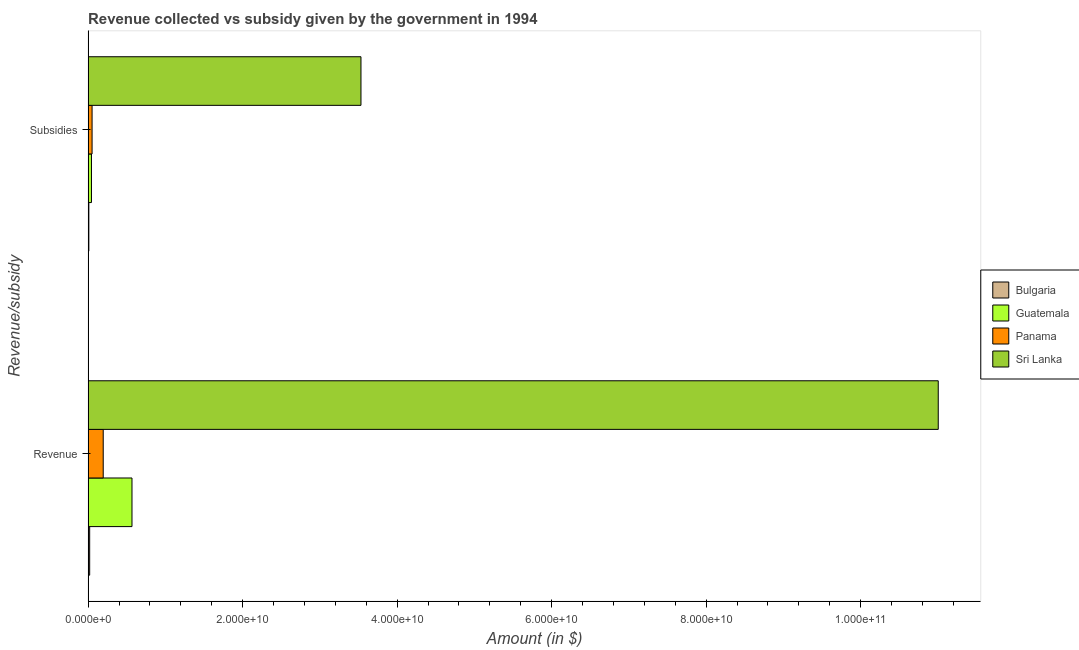
| Revenue/subsidy | Bulgaria | Guatemala | Panama | Sri Lanka |
 | --- | --- | --- | --- | --- |
 | Revenue | 2.05e+08 | 5.68e+09 | 1.96e+09 | 1.1e+11 |
 | Subsidies | 9.74e+07 | 4.37e+08 | 5.15e+08 | 3.53e+10 |